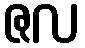
ဇလ